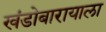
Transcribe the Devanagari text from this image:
खंडोबारायाला